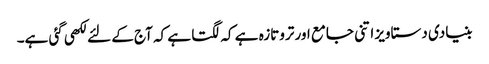
بنیادی دستاویز اتنی جامع اور تروتازہ ہے کہ لگتا ہے کہ آج کے لئے لکھی گئی ہے۔